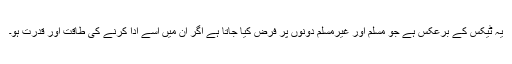
یہ ٹیکس کے برعکس ہے جو مسلم اور غیرمسلم دونوں پر فرض کیا جاتا ہے اگر ان میں اُسے ادا کرنے کی طاقت اور قدرت ہو۔